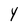
Character: Y